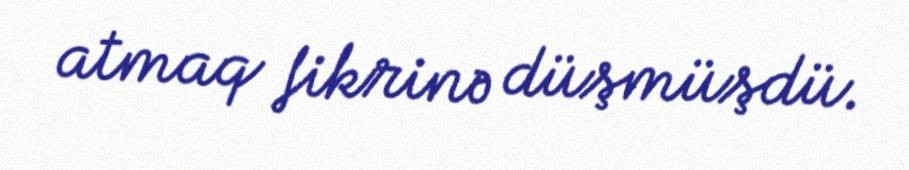
atmaq fikrinə düşmüşdü.